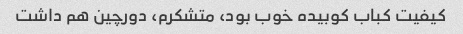
کیفیت کباب کوبیده خوب بود، متشکرم، دورچین هم داشت